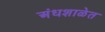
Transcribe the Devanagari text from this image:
अंधशाळेत